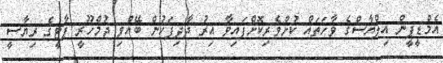
އެމްޑީޕީން އިލްޔާސްގެ ވާހަތައް ކުށްވެރިކޮށްފައިވާ އިރު ދާދިފަހުން ބޭއްވި ޖުމްހޫރީ ޕާޓީގެ ރިޔާސީ